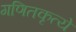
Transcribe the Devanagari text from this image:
गणितकृत्ये